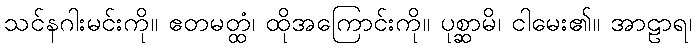
သင်နဂါးမင်းကို။ ဧတမတ္ထံ၊ ထိုအကြောင်းကို။ ပုစ္ဆာမိ၊ ငါမေး၏။ အာဠာရ၊